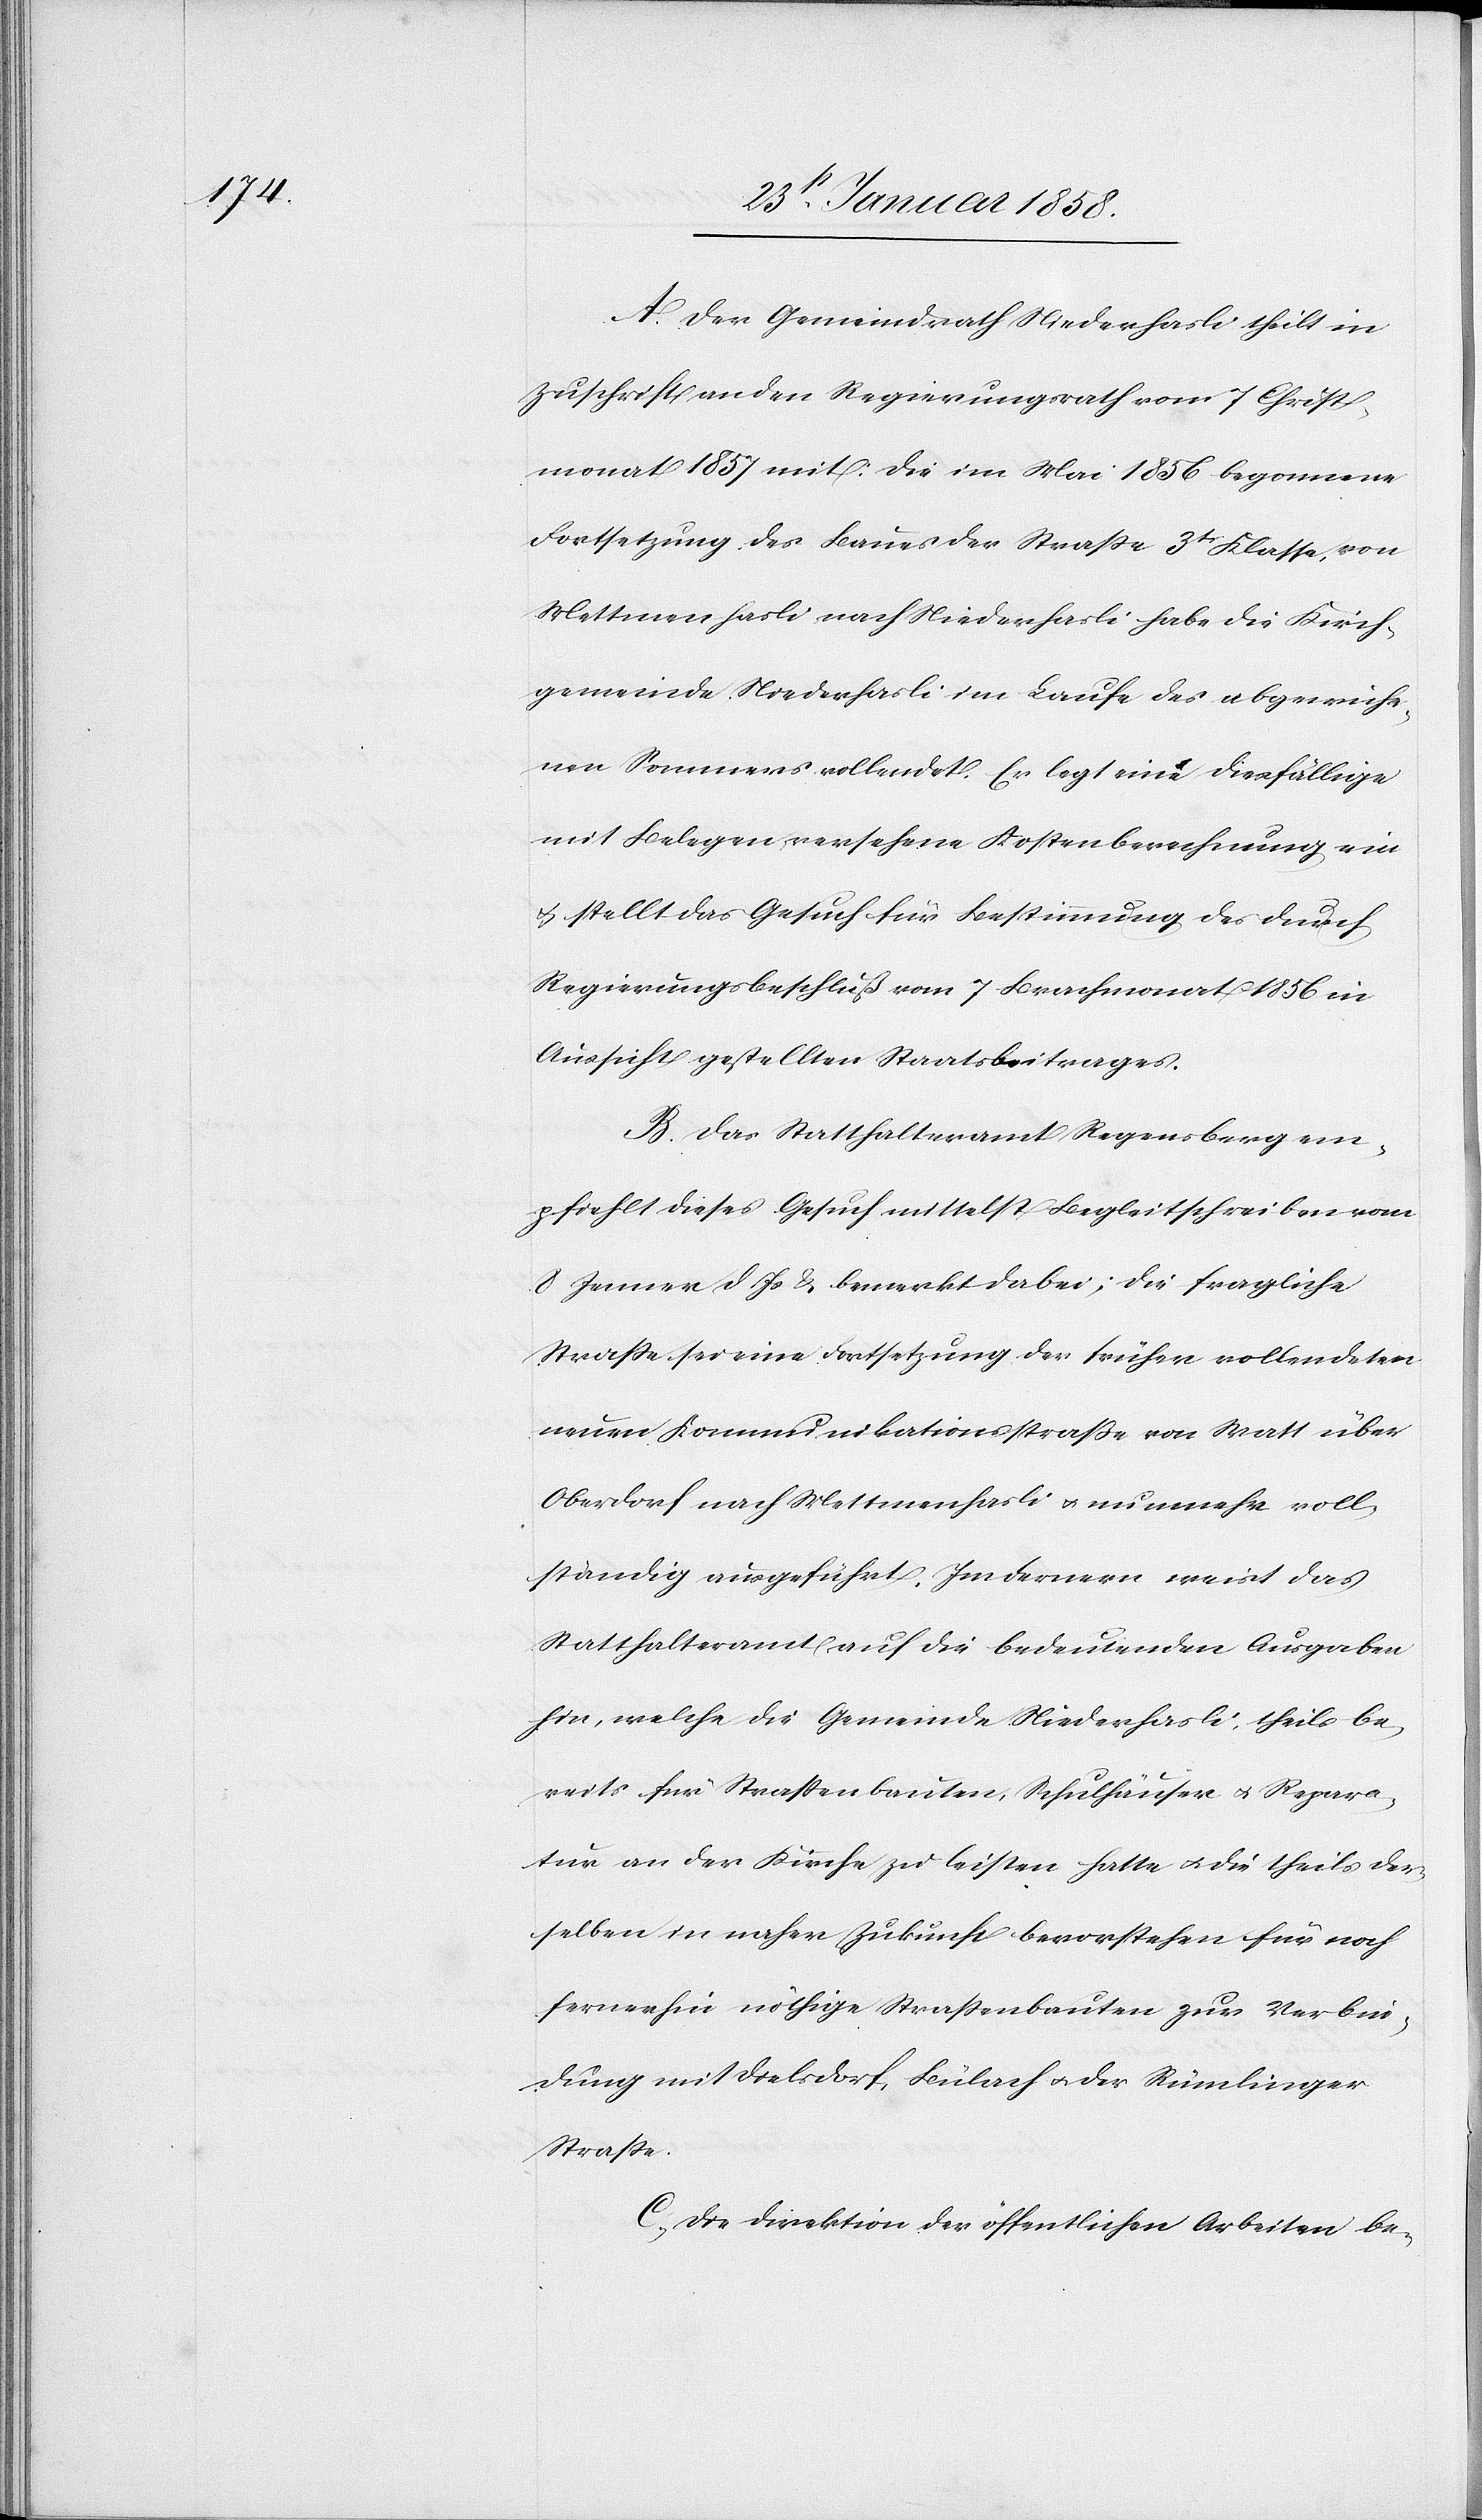
A. Der Gemeindrath Niederhasli theilt in
Zuschrift an den Regierungsrath vom 7 Christ¬
monat 1857 mit: Die im Mai 1856 begonnene
Fortsetzung des Baues der Straße 3tr Klasse, von
Mettmenhasli nach Niederhasli habe die Kirch¬
gemeinde Niederhasli im Laufe des abgewiche¬
nen Sommers vollendet. Er legt eine diesfällige
mit Belegen versehene Kostenberechnung ein
u. stellt das Gesuch für Bestimmung des durch
Regierungsbeschluß vom 7 Brachmonat 1856 in
Aussicht gestellten Staatsbeitrages.
B. Das Statthalteramt Regensberg em¬
pfiehlt dieses Gesuch mittelst Begleitschreiben vom
8 Jenner d. Js. & bemerkt dabei: die fragliche
Straße sei eine Fortsetzung der früher vollendeten
neuen Kommunikationsstraße von Watt über
Oberdorf nach Mettmenhasli u. nunmehr voll¬
ständig ausgeführt. Im Fernern weist das
Statthalteramt auf die bedeutenden Ausgaben
hin, welche die Gemeinde Niederhasli, theils be¬
reits für Straßenbauten, Schulhäuser u. Repara¬
tur an der Kirche zu leisten hatte u. die theils der¬
selben in naher Zukunft bevorstehen für noch
fernerhin nöthige Straßenbauten zur Verbin¬
dung mit Dielsdorf, Bülach u. der Rümlinger
Straße.
C. Die Direktion der öffentlichen Arbeiten be-